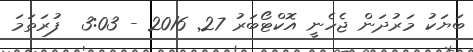
ބަޔަކު މަރުދަން ޖެހެނީ އޮކްޓޯބަރު 27